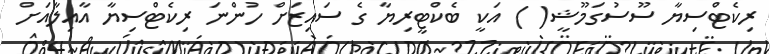
ރިކެޓްސިޔާ ސޫސުގަމޫޝީ( ) އަކީ ބެކްޓީރިޔާ ގެ ސައިޒަށް ހުންނަ ރިކެޓްސިޔާ އާއިލާއަށް